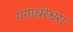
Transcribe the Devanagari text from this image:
गंगाधरेश्वरा